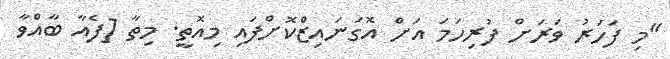
"މި ފަހަރު ވަރަށް ފުރިހަމަ އަށް އޮގަނައިޒްކޮށްފައި މިއޮތީ. މިތާ [ފެއާ ބާއްވާ